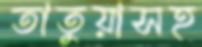
তাতুয়াসহ